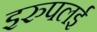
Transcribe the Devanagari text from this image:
इरुपलई